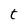
Character: t